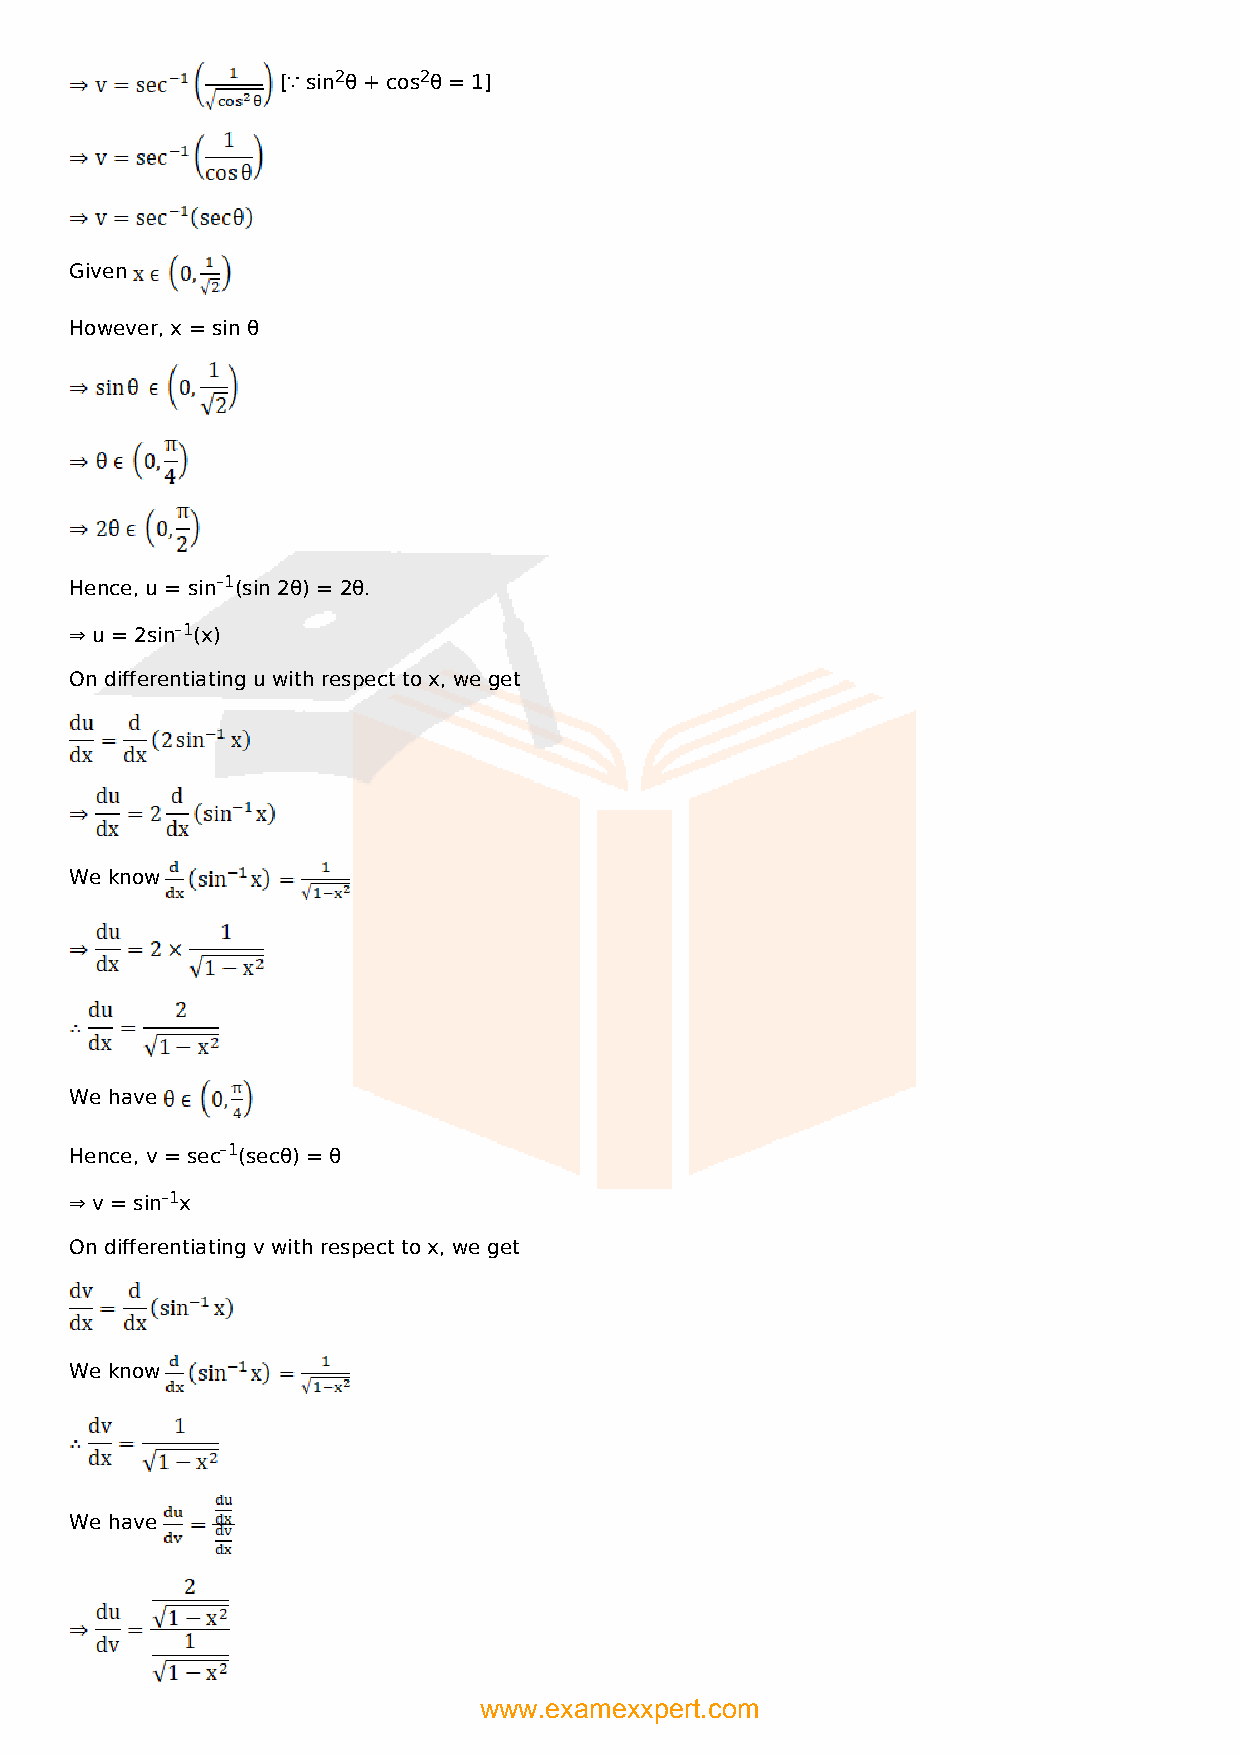
[∵ sin2θ + cos2θ = 1]
 Given
 However, x = sin θ
 Hence, u = sin–1(sin 2θ) = 2θ.
 ⇒ u = 2sin–1(x)
 On differentiating u with respect to x, we get
 We know
 We have
 Hence, v = sec–1(secθ) = θ
 ⇒ v = sin–1x
 On differentiating v with respect to x, we get
 We know
 We have
 www.examexxpert.com